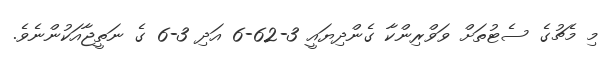
މި މެޗުގެ ސެޓުތަށް ވަވްރިންކާ ގެންދިޔައީ 3-62-6 އަދި 3-6 ގެ ނަތީޖާއަކުންނެވެ.